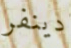
دينفر